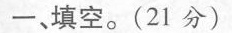
一、填空。(21分)